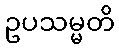
ဥပသမ္မတိ